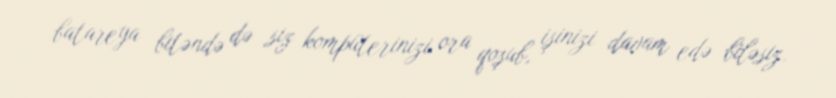
batareya bitəndə də siz kompüterinizi ora qoşub, işinizi davam edə biləsiz.